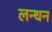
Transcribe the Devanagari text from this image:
लन्धन